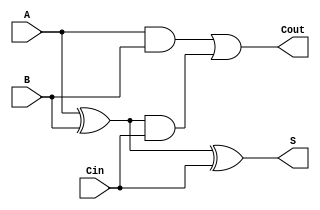
module TreeStructuredFullAdder (
    input wire A,      // First binary input
    input wire B,      // Second binary input
    input wire Cin,    // Carry-in input
    output wire S,     // Sum output
    output wire Cout   // Carry-out output
);

// Level 1: Initial sum calculation
wire S1;  // Intermediate sum
wire C1;  // Intermediate carry

// Compute the intermediate sum and carry
assign S1 = A ^ B;      // S1 = A XOR B
assign C1 = A & B;      // C1 = A AND B

// Level 2: Final sum calculation
assign S = S1 ^ Cin;    // S = S1 XOR Cin

// Level 2: Final carry calculation
wire C2;                // Carry from the intermediate sum and Cin
assign C2 = S1 & Cin;   // C2 = S1 AND Cin

// Final carry-out
assign Cout = C1 | C2;  // Cout = C1 OR C2

endmodule